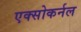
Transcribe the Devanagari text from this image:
एक्सोकर्नल